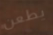
يطعن